Insane asylums in Bengal annual reports 1876-1887 - 1876-1887
Year: 1876
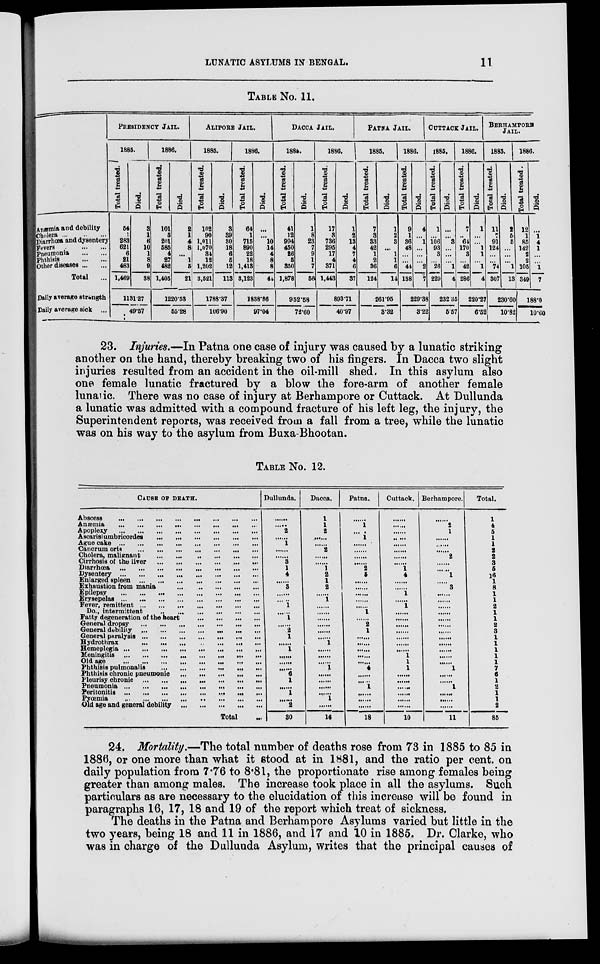
LUNATIC ASYLUMS IN BENGAL.
11
TABLE NO. 11.
Anæmia and debility
Cholera ...
..
...
Diarrhœa and dysentery
Fevers
...
...
...
Pneumonia
...
...
Phthisis
...
...
Other diseases ... ...
Total ...
Daily average strength
Daily average sick ...
PRESIDENCY JAIL.
1885.
Total treated.
54
283
621
6
21
483
1,469
Died.
3
1
6
10
1
8
9
38
1131.27
49.57
1886.
Total treated.
101
5
201
585
4
27
482
1,405
Died.
2
1
4
8
...
1
5
21
1220.53
55.28
ALIPORE JAIL.
1885.
Total treated.
102
90
1,011
1,070
34
12
1,202
3,521
Died.
3
39
30
18
6
5
12
113
1788.37
106.90
1886.
Total treated.
64
1
715
890
22
18
1,413
3,123
Died.
...
...
10
14
4
8
8
44
1838.86
97.04
DACCA JAIL.
1885.
Total treated.
41
12
994
450
26
5
350
1,878
Died.
1
8
23
7
9
1
7
50
952.58
72.60
1886.
Total treated.
17
3
736
295
17
4
371
1,443
Died.
1
2
13
4
7
4
6
37
893.71
40.97
PATNA JAIL.
1885.
Total treated.
7
3
33
42
1
2
36
124
Died.
1
2
3
...
1
1
6
14
261.95
3.32
1886.
Total treated.
9
1
36
48
...
...
44
138
Died.
4
...
1
...
...
...
2
7
229.38
3.22
CUTTACK JAIL.
1885.
Total treated.
1
...
106
93
3
...
26
229
Died.
...
...
3
...
...
...
1
4
232.35
5.57
1886.
Total treated.
7
...
64
170
3
...
42
286
Died.
1
...
...
1
1
...
1
4
220.27
6.52
BERHAMPORE
JAIL.
1885.
Total treated.
11
7
91
124
...
...
74
307
Died.
2
5
6
...
...
...
1
13
230.60
10.82
1886.
Total treated.
12
1
85
142
2
2
105
349
Died.
...
1
4
1
...
...
1
7
188.0
10.60
23. Injuries.—In Patna one case of injury was caused by a lunatic striking
another on the hand, thereby breaking two of his fingers. In Dacca two slight
injuries resulted from an accident in the oil-mill shed. In this asylum also
one female lunatic fractured by a blow the fore-arm of another female
lunatic. There was no case of injury at Berhampore or Cuttack. At Dullunda
a lunatic was admitted with a compound fracture of his left leg, the injury, the
Superintendent reports, was received from a fall from a tree, while the lunatic
was on his way to the asylum from Buxa-Bhootan.
TABLE No. 12.
CAUSE OF DEATH.
Abscess
...
...
...
...
...
...
...
...
Anæmia
...
...
...
...
...
...
...
...
Apoplexy
...
...
...
...
...
...
...
...
Ascarislumbricordes
...
...
...
...
...
...
Ague cake
...
...
...
...
...
...
...
...
Cancrum oria
...
...
...
...
...
...
...
...
Cholera, malignant
...
...
...
...
...
...
Cirrhosis of the liver
...
...
...
...
...
...
Diarrhœa
...
...
...
...
...
...
...
...
Dysentery
...
...
...
...
...
...
...
...
Enlarged spleen
...
...
...
...
...
...
...
Exhaustion from mania
...
...
...
...
...
Epilepsy
...
...
...
...
...
...
...
...
Erysepelas
...
...
...
...
...
...
...
...
Fever, remittent
...
...
...
...
...
...
...
Do., intermittent
...
...
...
...
...
Fatty degeneration of the heart
...
...
...
...
General dropsy
...
...
...
...
...
...
...
General debility
...
...
...
...
...
...
...
General paralysis
...
...
...
...
...
...
...
Hydrothrax
...
...
...
...
...
...
...
Hemeplegia
...
...
...
...
...
...
...
...
Meningitis
...
...
...
...
...
...
...
...
Old age
...
...
...
...
...
...
...
...
Phthisis pulmonalis
...
...
...
...
...
...
Phthisis chronic pneumonic
...
...
...
...
...
Pleurisy chronic
...
...
...
...
...
...
...
Pneumonia
...
...
...
...
...
...
...
...
Peritonitis ... ... ... ... ... ... ... ...
Pyœmia
...
...
...
...
...
...
...
...
Old age and general debility
...
...
...
...
...
Total ...
Dullunda.
......
......
2
......
1
......
......
3
1
4
......
3
......
......
1
......
1
......
2
1
......
1
......
......
......
6
1
......
1
......
2
30
Dacca.
1
1
2
......
......
2
......
......
1 2
1
2
......
1
......
......
......
......
......
......
1
......
......
......
1
......
......
......
......
1
......
16
Patna.
......
1
......
1
......
......
......
......
2
5
......
......
......
......
......
1
......
2
1
......
......
......
......
......
4
......
......
1
......
......
......
18
Cuttack.
......
......
......
......
......
......
......
......
1
4
......
......
1
......
1
......
......
......
......
......
......
......
1
1
1
......
......
......
......
......
......
10
Berhampore.
......
2
1
......
......
......
2
......
......
1
......
3
......
......
......
......
......
......
......
......
......
......
......
......
1
......
......
1
......
......
......
11
Total.
1
4
5
1
1
2
2
3
5
16
1
8
1
1
2
1
1
2
3
1
1
1
1
1
7
6
1
2
1
1
2
85
24. Mortality.—The total number of deaths rose from 73 in 1885 to 85 in
1886, or one more than what it stood at in 1881, and the ratio per cent. on
daily population from 7.76 to 8.81, the proportionate rise among females being
greater than among males. The increase took place in all the asylums. Such
particulars as are necessary to the elucidation of this increase will be found in
paragraphs 16, 17, 18 and 19 of the report which treat of sickness.
The deaths in the Patna and Berhampore Asylums varied but little in the
two years, being 18 and 11 in 1886, and 17 and 10 in 1885. Dr. Clarke, who
was in charge of the Dullunda Asylum, writes that the principal causes of